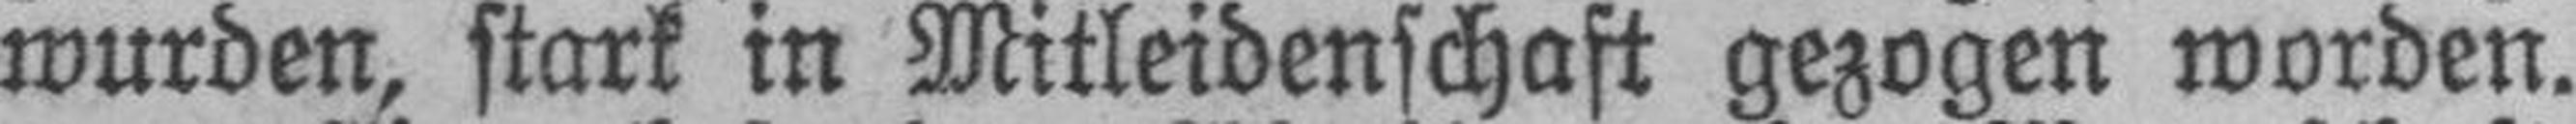
wurden, stark in Mitleidenschaft gezogen worden.